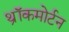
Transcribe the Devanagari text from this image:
थ्रॉकमोर्टन